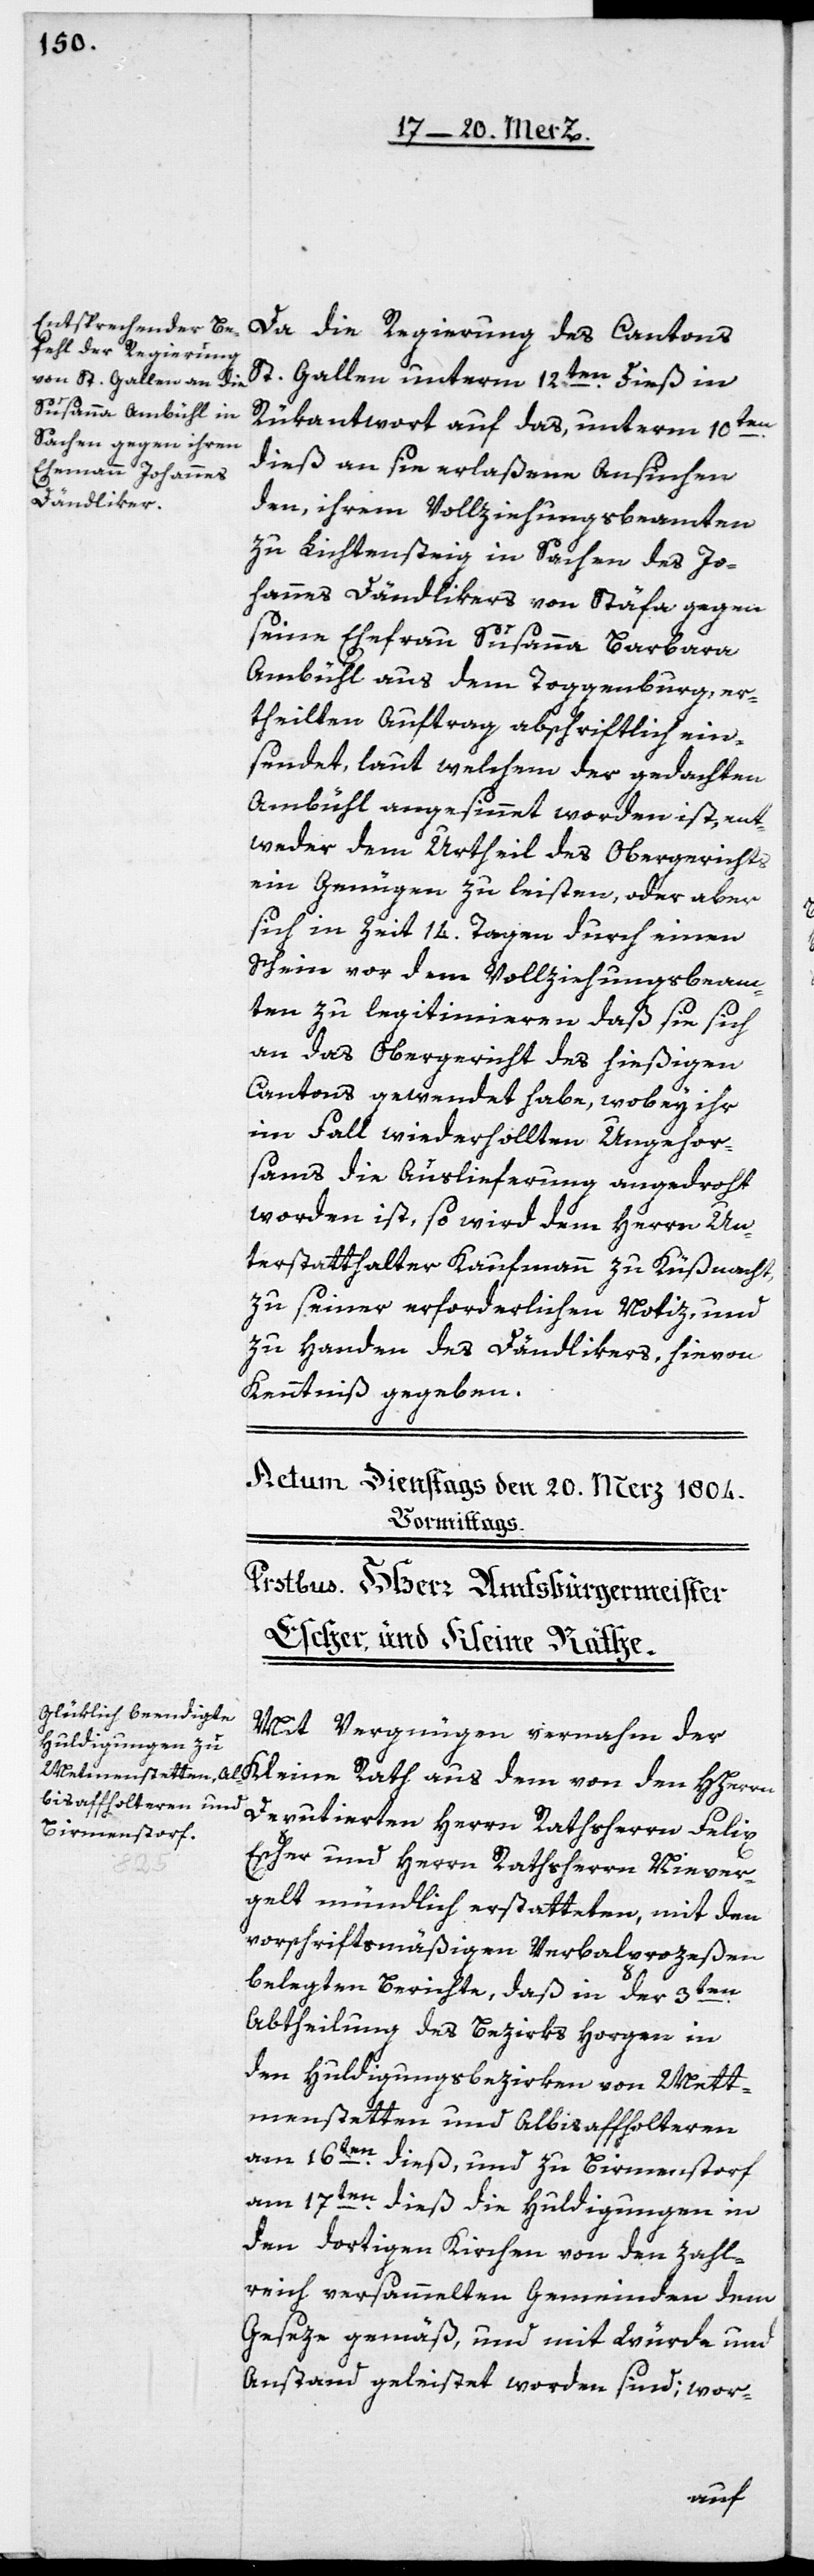
Da die Regierung des Cantons
St. Gallen unterm 12ten dieß in
Rükantwort auf das, unterm 10ten
dieß an sie erlaßene Ansuchen
den, ihrem Vollziehungsbeamten
zu Lichtensteig in Sachen des Jo¬
hannes Dändlikers von Stäfa gegen
seine Ehefrau Susanna Barbara
Ambühl aus dem Toggenburg, er¬
theilten Auftrag abschriftlich ein¬
sendet, laut welchem der gedachten
Ambühl angesinnet worden ist, ent¬
weder dem Urtheil des Obergerichts
ein Genügen zu leisten, oder aber
sich in Zeit 14. Tagen durch einen
Schein vor dem Vollziehungsbeam¬
ten zu legitimieren, daß sie sich
an das Obergericht des hießigen
Cantons gewendet habe, wobey ihr
im Fall wiederhollten Ungehor¬
sams die Auslieferung angedroht
worden ist, so wird dem Herrn Un¬
terstatthalter Kaufmann zu Küßnacht,
zu seiner erforderlichen Notiz und
zu Handen des Dändlikers, hievon
Kenntniß gegeben.
Mit Vergnügen vernahm der
Deputierten Herrn Rathsherrn Felix
Escher und Herrn Rathsherrn Niever¬
gelt mündlich erstatteten, mit den
vorschriftsmäßigen Verbalprozeßen
belegten Berichte, daß in der 3ten
Abtheilung des Bezirks Horgen in
den Huldigungsbezirken von Mett¬
menstetten und Albisaffolteren
am 16ten dieß, und zu Birmenstorf
am 17ten dieß die Huldigungen in
den dortigen Kirchen von den zahl¬
reich versammelten Gemeinden dem
Geseze gemäß, und mit Würde und
Anstand geleistet worden sind; wor-